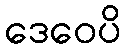
ဒေဝေပိ